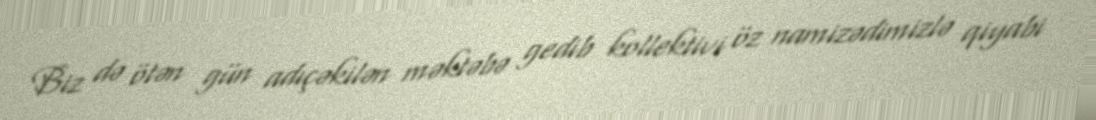
Biz də ötən gün adıçəkilən məktəbə gedib kollektivi öz namizədimizlə qiyabi